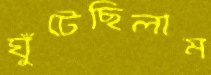
ঘুঁটেছিলাম